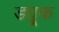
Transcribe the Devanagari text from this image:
ड्यू्क